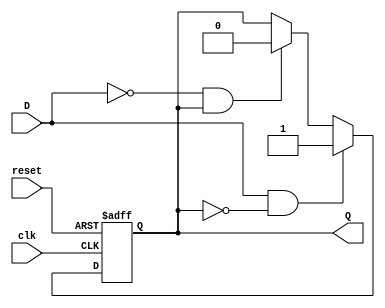
module feedback_register (
    input wire clk,        // Clock signal
    input wire reset,      // Reset signal
    input wire D,          // Data input
    output reg Q           // Output representing the current state
);

// Sequential logic for the feedback register
always @(posedge clk or posedge reset) begin
    if (reset) begin
        Q <= 1'b0;        // Asynchronous reset to 0
    end else begin
        // Feedback and state transition logic
        // Example: Q will be set to D if D is high and Q is low
        if (D && !Q) begin
            Q <= 1'b1;    // Set Q to 1 if D is high and current state Q is low
        end else if (!D && Q) begin
            Q <= 1'b0;    // Reset Q to 0 if D is low and current state Q is high
        end
        // You can modify the logic above to implement more complex state transitions
    end
end

endmodule